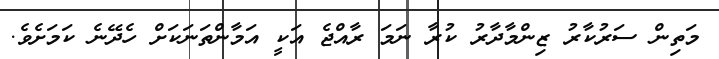
މަތިން ސަރުކާރު ޒިންމާދާރު ކުރާ ނަމަ ރާއްޖެ އަކީ އަމާންތަނަކަށް ހެދޭނެ ކަމަށެވެ.